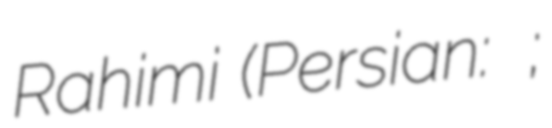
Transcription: Rahimi (Persian: سهراب رحیمی;